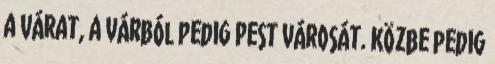
a várat, a várból pedig Pest városát. Közbe pedig